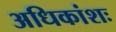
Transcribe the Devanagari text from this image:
अधिकांशः